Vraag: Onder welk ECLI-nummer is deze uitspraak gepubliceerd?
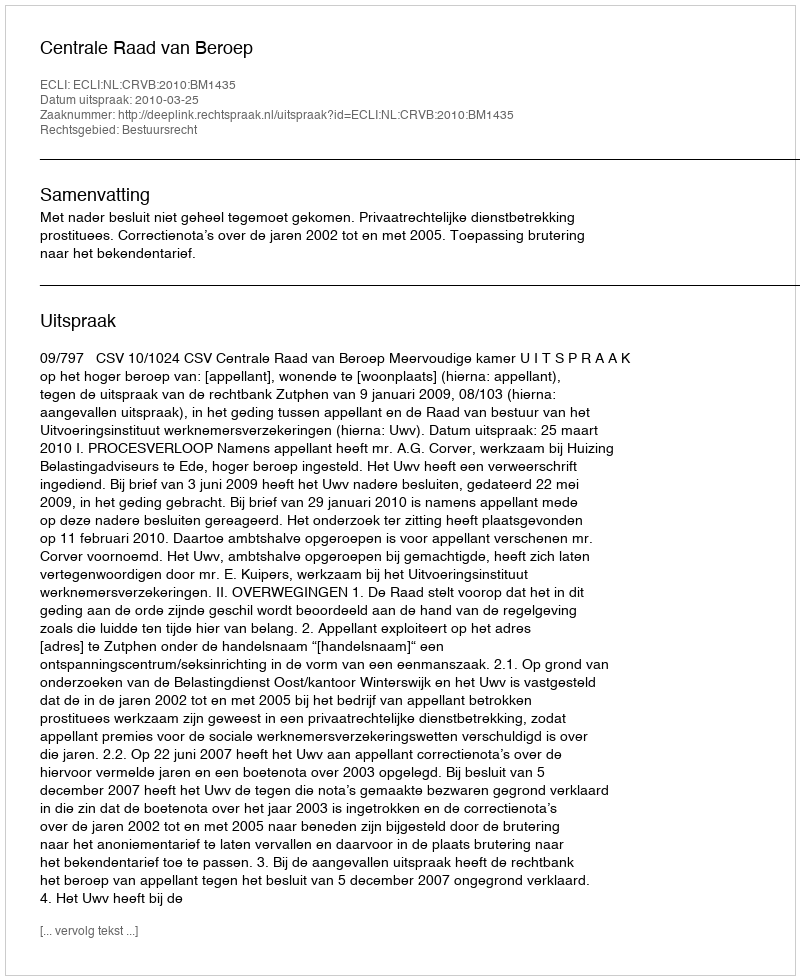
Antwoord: ECLI:NL:CRVB:2010:BM1435